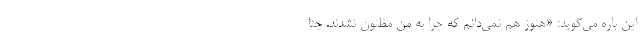
این باره می‌گوید: «هنوز هم نمی‌دانم که چرا به من مظنون نشدند. جنا